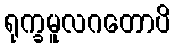
ရုက္ခမူလဂတောပိ